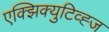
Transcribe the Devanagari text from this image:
एक्झिक्युटिव्ह्ज